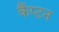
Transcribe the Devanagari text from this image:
कैंप्टन